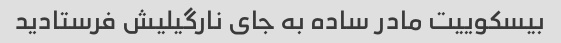
بیسکوییت مادر ساده به جای نارگیلیش فرستادید